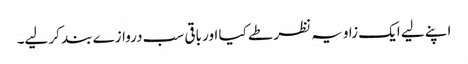
اپنے لیے ایک زاویہ نظر طے کیا اور باقی سب دروازے بند کر لیے۔